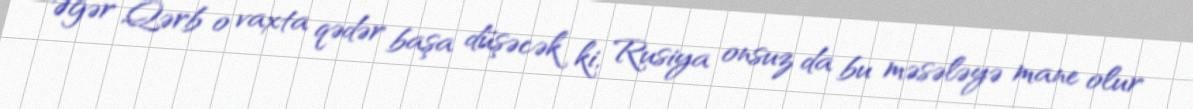
Əgər Qərb o vaxta qədər başa düşəcək ki, Rusiya onsuz da bu məsələyə mane olur